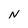
Character: N